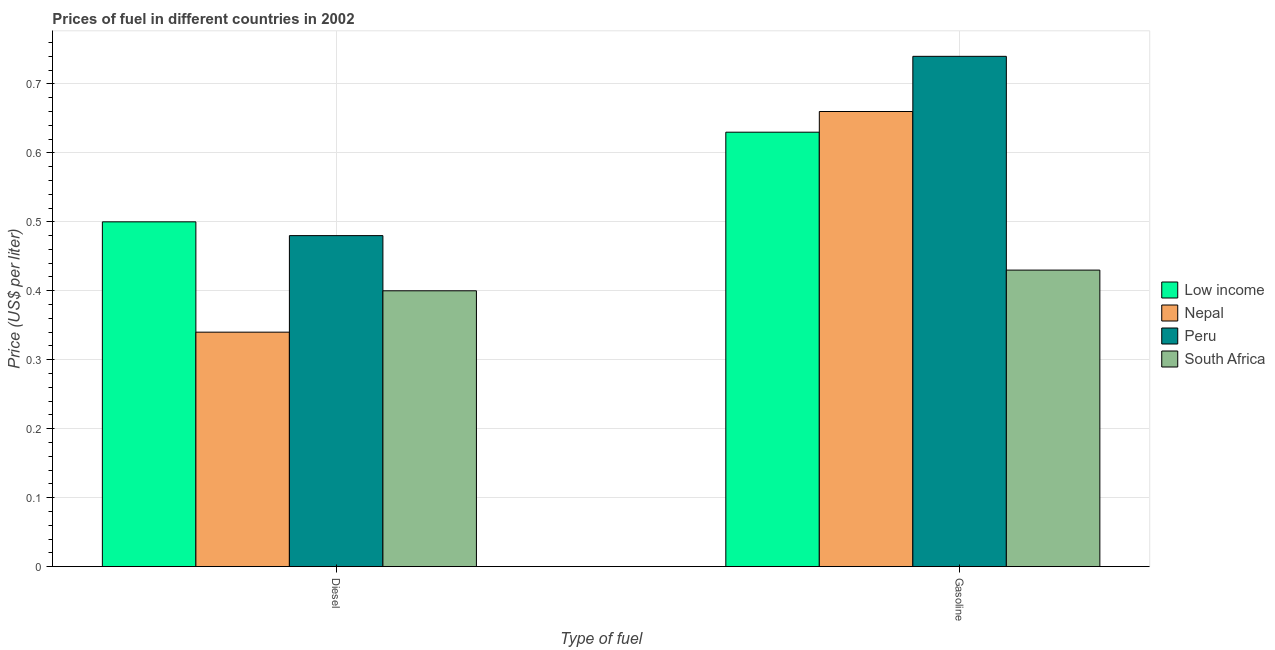
| Type of fuel | Low income | Nepal | Peru | South Africa |
 | --- | --- | --- | --- | --- |
 | Diesel | 0.5 | 0.34 | 0.48 | 0.4 |
 | Gasoline | 0.63 | 0.66 | 0.74 | 0.43 |